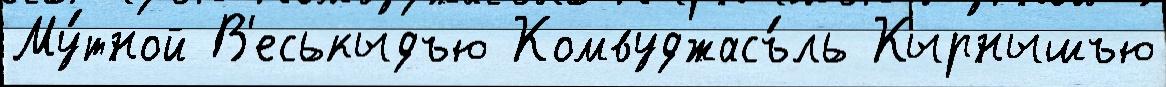
Му́тной В'еськыдъю Комвуджасъ́ль Кырнышъю